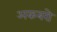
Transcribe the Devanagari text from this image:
अकबरो